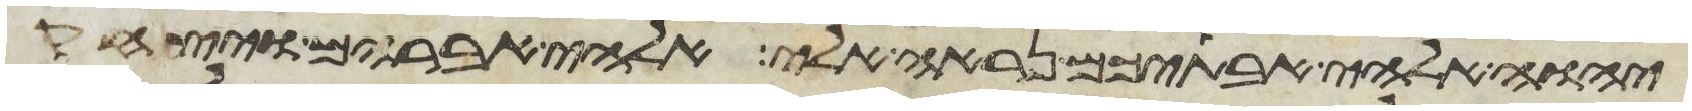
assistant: יהוה אלהי אבתיכם נראה אלי אלהי אברהם ויצחק